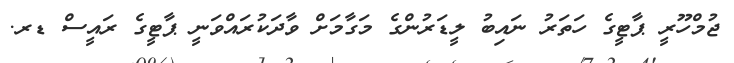
ޖުމްހޫރީ ޕާޓީގެ ހަތަރު ނައިބު ލީޑަރުންގެ މަގާމަށް ވާދަކުރައްވަނީ ޕާޓީގެ ރައީސް ޑރ.